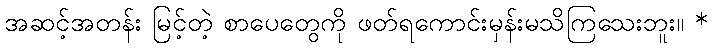
အဆင့်အတန်း မြင့်တဲ့ စာပေတွေကို ဖတ်ရကောင်းမှန်းမသိကြသေးဘူး။ *